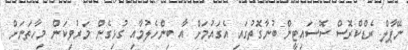
ނޭޕާލް ރެޑްކްރޮސް ސޮސައިޓީން ބުނާގަޮތުގައި އެގައުމަށް އާ ބިންހެލުމާއި ގުޅިގެން މަރުވިކަން މިހާތަނަށް